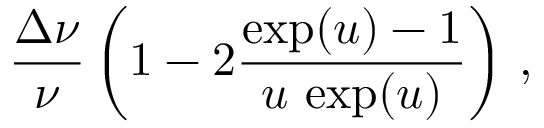
\frac { \Delta \nu } { \nu } \left( 1 - 2 \frac { \exp ( u ) - 1 } { u \, \exp ( u ) } \right) \, ,